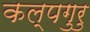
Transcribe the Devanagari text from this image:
कल्पगुरु